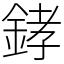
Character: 﨧